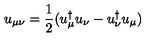
u _ { \mu \nu } = \frac { 1 } { 2 } ( u _ { \mu } ^ { \dagger } u _ { \nu } - u _ { \nu } ^ { \dagger } u _ { \mu } )